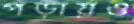
পড়ায়ও